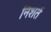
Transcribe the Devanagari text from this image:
निशतें